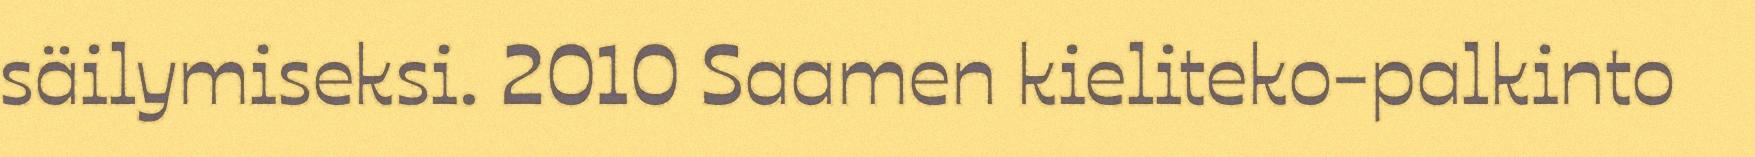
säilymiseksi. 2010 Saamen kieliteko-palkinto